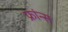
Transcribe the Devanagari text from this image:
फ्रांन्स